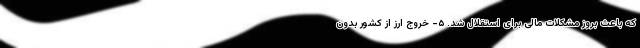
که باعث بروز مشکلات مالی برای استقلال شد. ۵- خروج ارز از کشور بدون